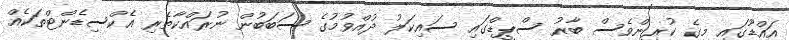
އައްޑޫގައި މީގެ ކުރިންވެސް ބާރު ސްޕީޑްގައި ސައިކަލު ދުއްވުމުގެ ސަބަބުން ނުރައްކާތެރި އެކްސިޑެންޓްތަކެއް